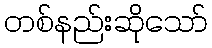
တစ်နည်းဆိုသော်